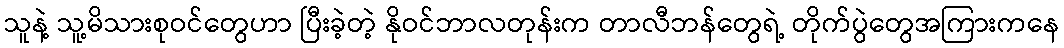
သူနဲ့ သူ့မိသားစုဝင်တွေဟာ ပြီးခဲ့တဲ့ နိုဝင်ဘာလတုန်းက တာလီဘန်တွေရဲ့ တိုက်ပွဲတွေအကြားကနေ